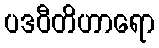
ပဒဝီတိဟာရော